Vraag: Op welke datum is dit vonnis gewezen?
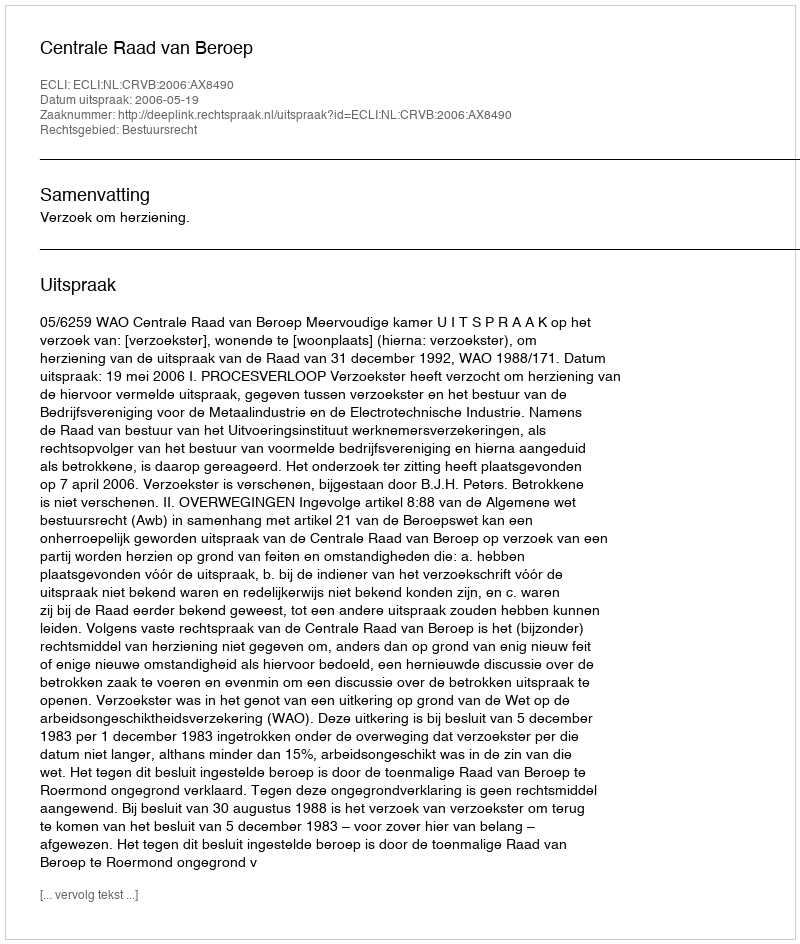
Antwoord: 2006-05-19